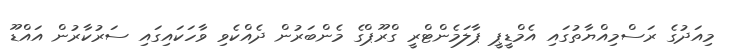
މިއަދުގެ ރަސްމިއްޔާތުގައި އެމްޑީޕީ ޕާލަމެންޓްރީ ގްރޫޕްގެ މެންބަރުން ދެއްކެވި ވާހަކައިގައި ސަރުކާރުން އައްޑޫ